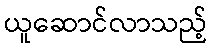
ယူဆောင်လာသည့်